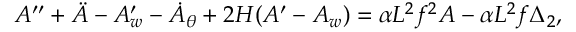
{ \cal A } ^ { \prime \prime } + \ddot { { \cal A } } - { \cal A } _ { w } ^ { \prime } - \dot { { \cal A } } _ { \theta } + 2 { \cal H } ( { \cal A } ^ { \prime } - { \cal A } _ { w } ) = \alpha { \cal L } ^ { 2 } f ^ { 2 } { \cal A } - \alpha { \cal L } ^ { 2 } f \Delta _ { 2 } ,